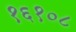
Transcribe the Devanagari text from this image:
१६१०८